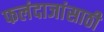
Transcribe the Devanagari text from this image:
फलंदाजांसाठी